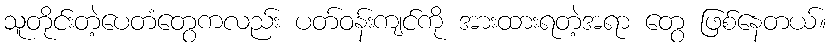
သူတိုင်းတဲ့ပေတံတွေကလည်း ပတ်ဝန်းကျင်ကို အားထားရတဲ့အရာ တွေ ဖြစ်နေတယ်။